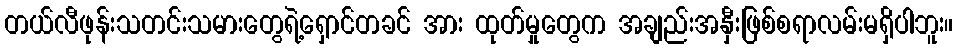
တယ်လီဖုန်းသတင်းသမားတွေရဲ့ရှောင်တခင် အား ထုတ်မှုတွေက အချည်းအနှီးဖြစ်စရာလမ်းမရှိပါဘူး။